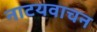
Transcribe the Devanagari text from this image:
नाटयवाचन